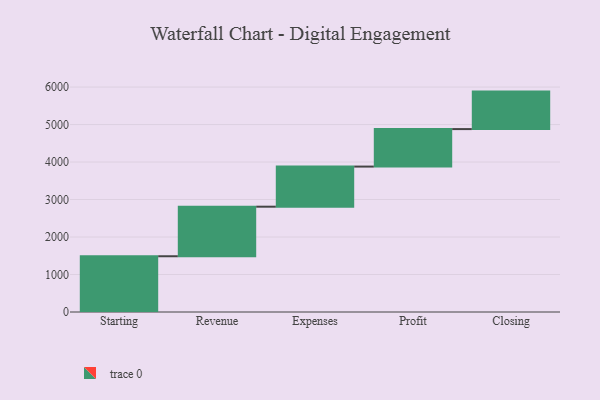
{"axis": {"x": "Step", "y": "Value"}, "legend": [""], "data": [{"x": "Starting", "y": 1487.0, "type": ""}, {"x": "Revenue", "y": 1322.0, "type": ""}, {"x": "Expenses", "y": 1070.0, "type": ""}, {"x": "Profit", "y": 1000, "type": ""}, {"x": "Closing", "y": 1000, "type": ""}]}